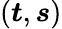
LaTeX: (\boldsymbol{t},\boldsymbol{s})